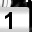
Digit: 1